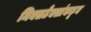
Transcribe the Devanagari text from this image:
मिक्सटेक्सांकडून